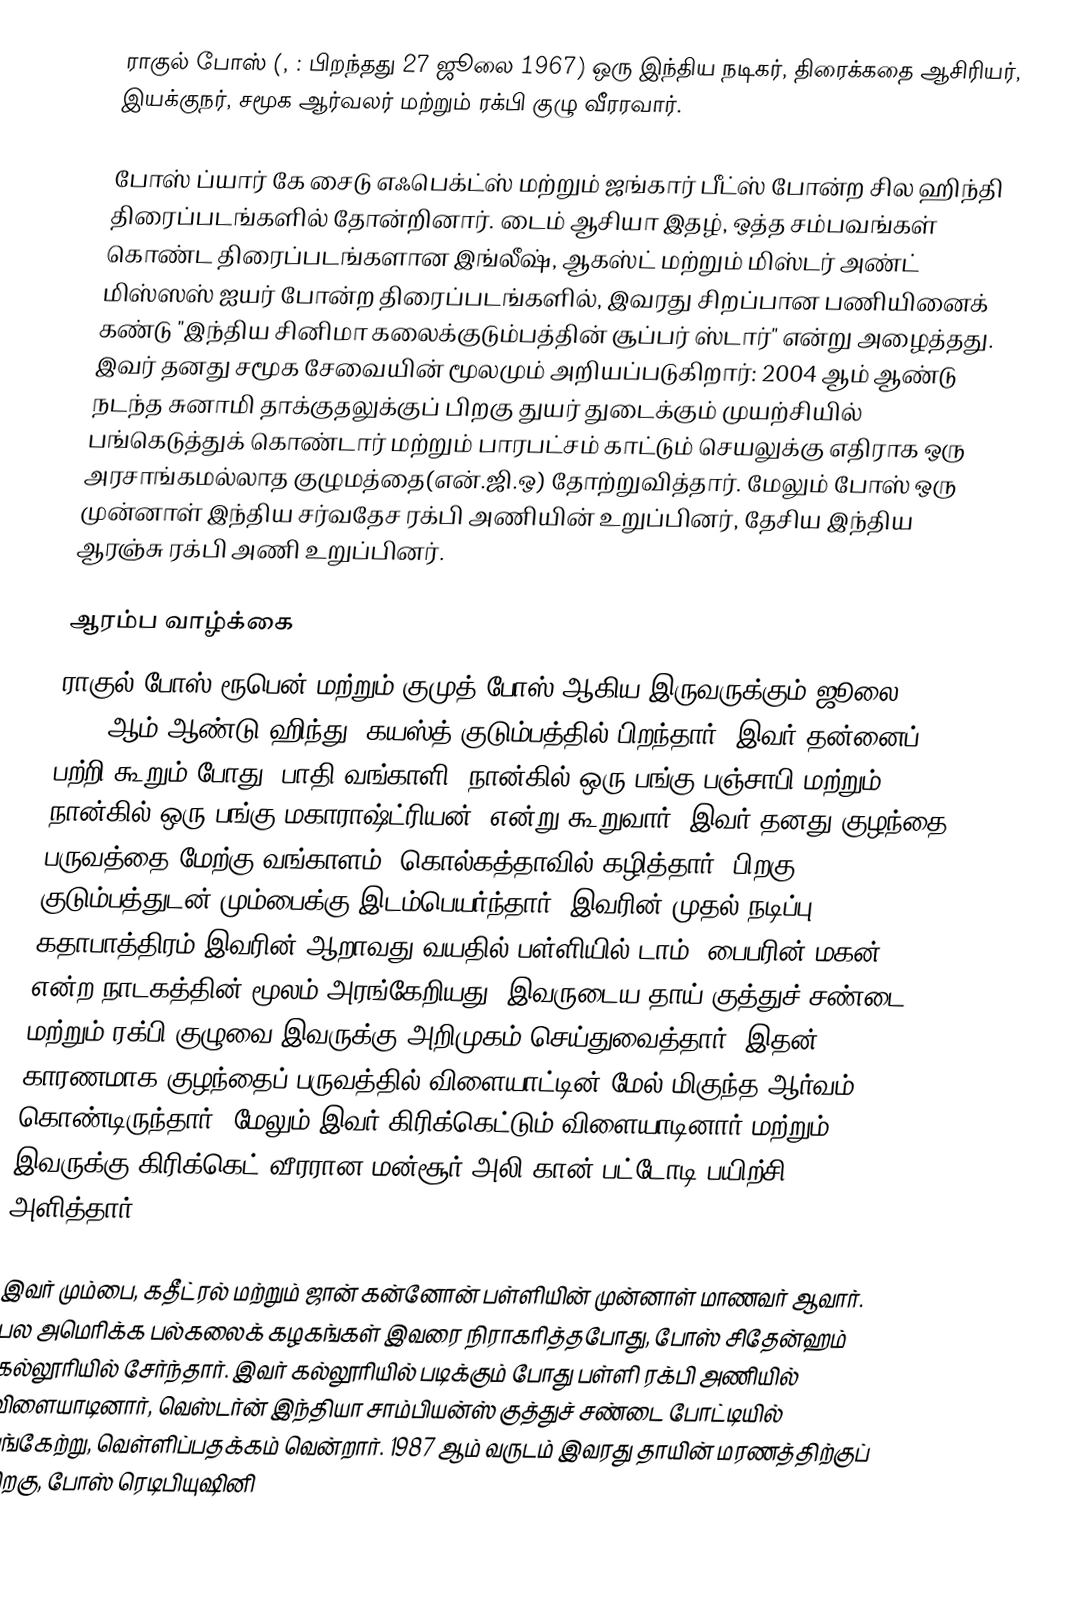
ராகுல் போஸ் (, : பிறந்தது 27 ஜூலை 1967) ஒரு இந்திய நடிகர், திரைக்கதை ஆசிரியர், இயக்குநர், சமூக ஆர்வலர் மற்றும் ரக்பி குழு வீரரவார்.

போஸ் ப்யார் கே சைடு எஃபெக்ட்ஸ் மற்றும் ஜங்கார் பீட்ஸ் போன்ற சில ஹிந்தி திரைப்படங்களில் தோன்றினார். டைம் ஆசியா இதழ், ஒத்த சம்பவங்கள் கொண்ட திரைப்படங்களான இங்லீஷ், ஆகஸ்ட் மற்றும்  மிஸ்டர் அண்ட் மிஸ்ஸஸ் ஐயர் போன்ற திரைப்படங்களில், இவரது சிறப்பான பணியினைக் கண்டு "இந்திய சினிமா கலைக்குடும்பத்தின் சூப்பர் ஸ்டார்" என்று அழைத்தது. இவர் தனது சமூக சேவையின் மூலமும் அறியப்படுகிறார்: 2004 ஆம் ஆண்டு நடந்த சுனாமி தாக்குதலுக்குப் பிறகு துயர் துடைக்கும் முயற்சியில் பங்கெடுத்துக் கொண்டார் மற்றும் பாரபட்சம் காட்டும் செயலுக்கு எதிராக ஒரு அரசாங்கமல்லாத குழுமத்தை(என்.ஜி.ஒ) தோற்றுவித்தார். மேலும் போஸ் ஒரு முன்னாள் இந்திய சர்வதேச ரக்பி அணியின் உறுப்பினர், தேசிய இந்திய ஆரஞ்சு ரக்பி அணி உறுப்பினர்.

ஆரம்ப வாழ்க்கை
ராகுல் போஸ் ரூபென் மற்றும் குமுத் போஸ் ஆகிய இருவருக்கும் ஜூலை 27, 1967 ஆம் ஆண்டு ஹிந்து, கயஸ்த் குடும்பத்தில் பிறந்தார். இவர் தன்னைப் பற்றி கூறும் போது "பாதி வங்காளி; நான்கில் ஒரு பங்கு பஞ்சாபி மற்றும் நான்கில் ஒரு பங்கு மகாராஷ்ட்ரியன்" என்று கூறுவார். இவர் தனது குழந்தை பருவத்தை மேற்கு வங்காளம், கொல்கத்தாவில் கழித்தார். பிறகு குடும்பத்துடன் மும்பைக்கு இடம்பெயர்ந்தார். இவரின் முதல் நடிப்பு கதாபாத்திரம் இவரின் ஆறாவது வயதில் பள்ளியில் டாம், பைபரின் மகன் என்ற நாடகத்தின் மூலம் அரங்கேறியது. இவருடைய தாய் குத்துச் சண்டை மற்றும் ரக்பி குழுவை இவருக்கு அறிமுகம் செய்துவைத்தார். இதன் காரணமாக குழந்தைப் பருவத்தில் விளையாட்டின் மேல் மிகுந்த ஆர்வம் கொண்டிருந்தார். மேலும் இவர் கிரிக்கெட்டும் விளையாடினார் மற்றும் இவருக்கு கிரிக்கெட் வீரரான மன்சூர் அலி கான் பட்டோடி பயிற்சி அளித்தார்.

இவர் மும்பை, கதீட்ரல் மற்றும் ஜான் கன்னோன் பள்ளியின் முன்னாள் மாணவர் ஆவார். பல அமெரிக்க பல்கலைக் கழகங்கள் இவரை நிராகரித்தபோது, போஸ் சிதேன்ஹம் கல்லூரியில் சேர்ந்தார். இவர் கல்லூரியில் படிக்கும் போது பள்ளி ரக்பி அணியில் விளையாடினார், வெஸ்டர்ன் இந்தியா சாம்பியன்ஸ் குத்துச் சண்டை போட்டியில் பங்கேற்று, வெள்ளிப்பதக்கம் வென்றார். 1987 ஆம் வருடம் இவரது தாயின் மரணத்திற்குப் பிறகு, போஸ் ரெடிபியுஷினி